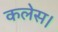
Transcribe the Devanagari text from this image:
कलेस।